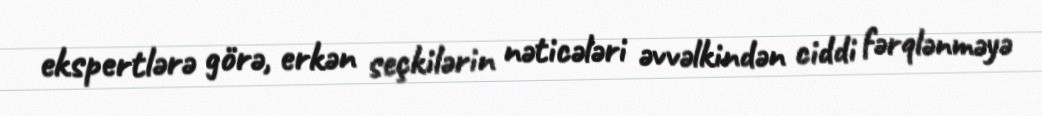
ekspertlərə görə, erkən seçkilərin nəticələri əvvəlkindən ciddi fərqlənməyə